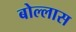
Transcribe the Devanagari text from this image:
बोल्लास